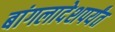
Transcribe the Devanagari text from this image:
बांगलादेशपर्यंत